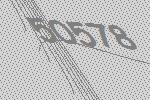
50578